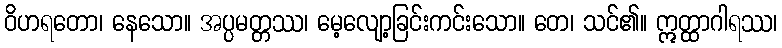
ဝိဟရတော၊ နေသော။ အပ္ပမတ္တဿ၊ မေ့လျော့ခြင်းကင်းသော။ တေ၊ သင်၏။ ဣတ္ထာဂါရဿ၊